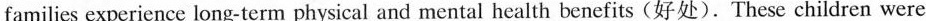
families experience long-term physical and mental health benefits (好处).These children were